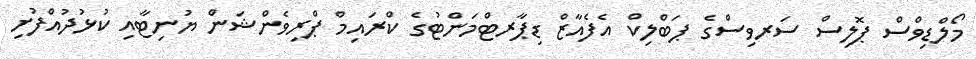
މޯލްޑިވްސް ޕޮލިސް ސަރވިސްގެ ޕަބްލިކް އެފެއާޒް ޑިޕާރޓްމަންޓުގެ ކްރައިމް ޕްރިވެންޝަން ޔުނިޓާއި ކުޅުދުއްފުށި